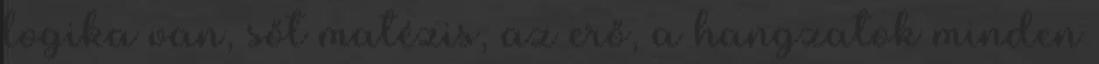
logika van, sőt matézis, az erő, a hangzatok minden